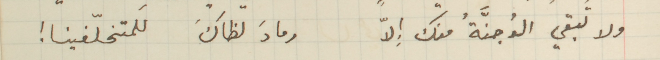
ولا تبقي الوُجنَّةُ منك إِلاّ وما لظاكَ للمتخلّفينا!